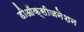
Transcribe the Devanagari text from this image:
डीऑक्सीजनेशन